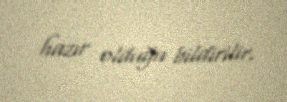
hazır olduğu bildirilir.